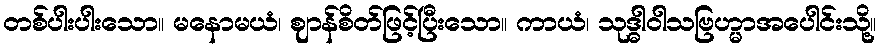
တစ်ပါးပါးသော။ မနောမယံ၊ ဈာန်စိတ်ဖြင့်ပြီးသော။ ကာယံ၊ သုဒ္ဓါဝါသဗြဟ္မာအပေါင်းသို့။